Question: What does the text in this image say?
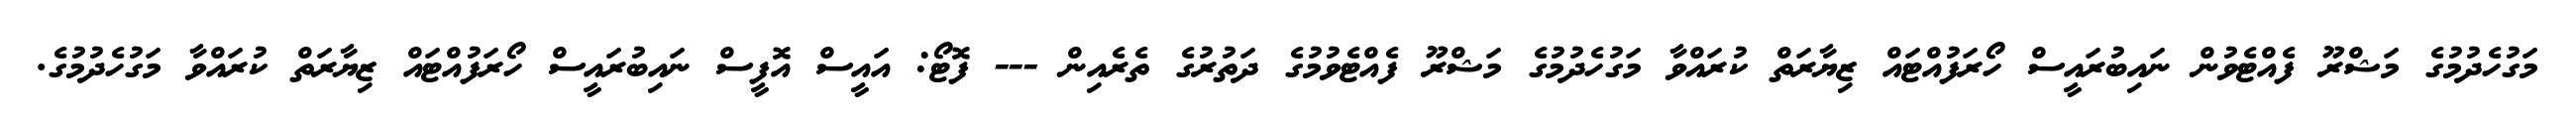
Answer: މަގުހެދުމުގެ މަޝްރޫ ފެއްޓެވުން ނައިބުރައީސް ހޯރަފުއްޓައް ޒިޔާރަތް ކުރައްވާ މަގުހެދުމުގެ މަޝްރޫ ފެއްޓެވުމުގެ ދަތުރުގެ ތެރެއިން --- ފޮޓޯ: އައީސް އޮފީސް ނައިބުރައީސް ހޯރަފުއްޓައް ޒިޔާރަތް ކުރައްވާ މަގުހެދުމުގެ.